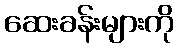
ဆေးခန်းများကို